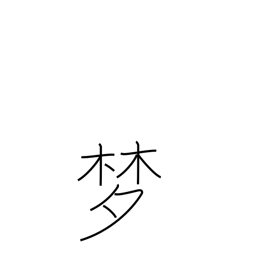
Meaning: visionary